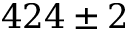
4 2 4 \pm 2